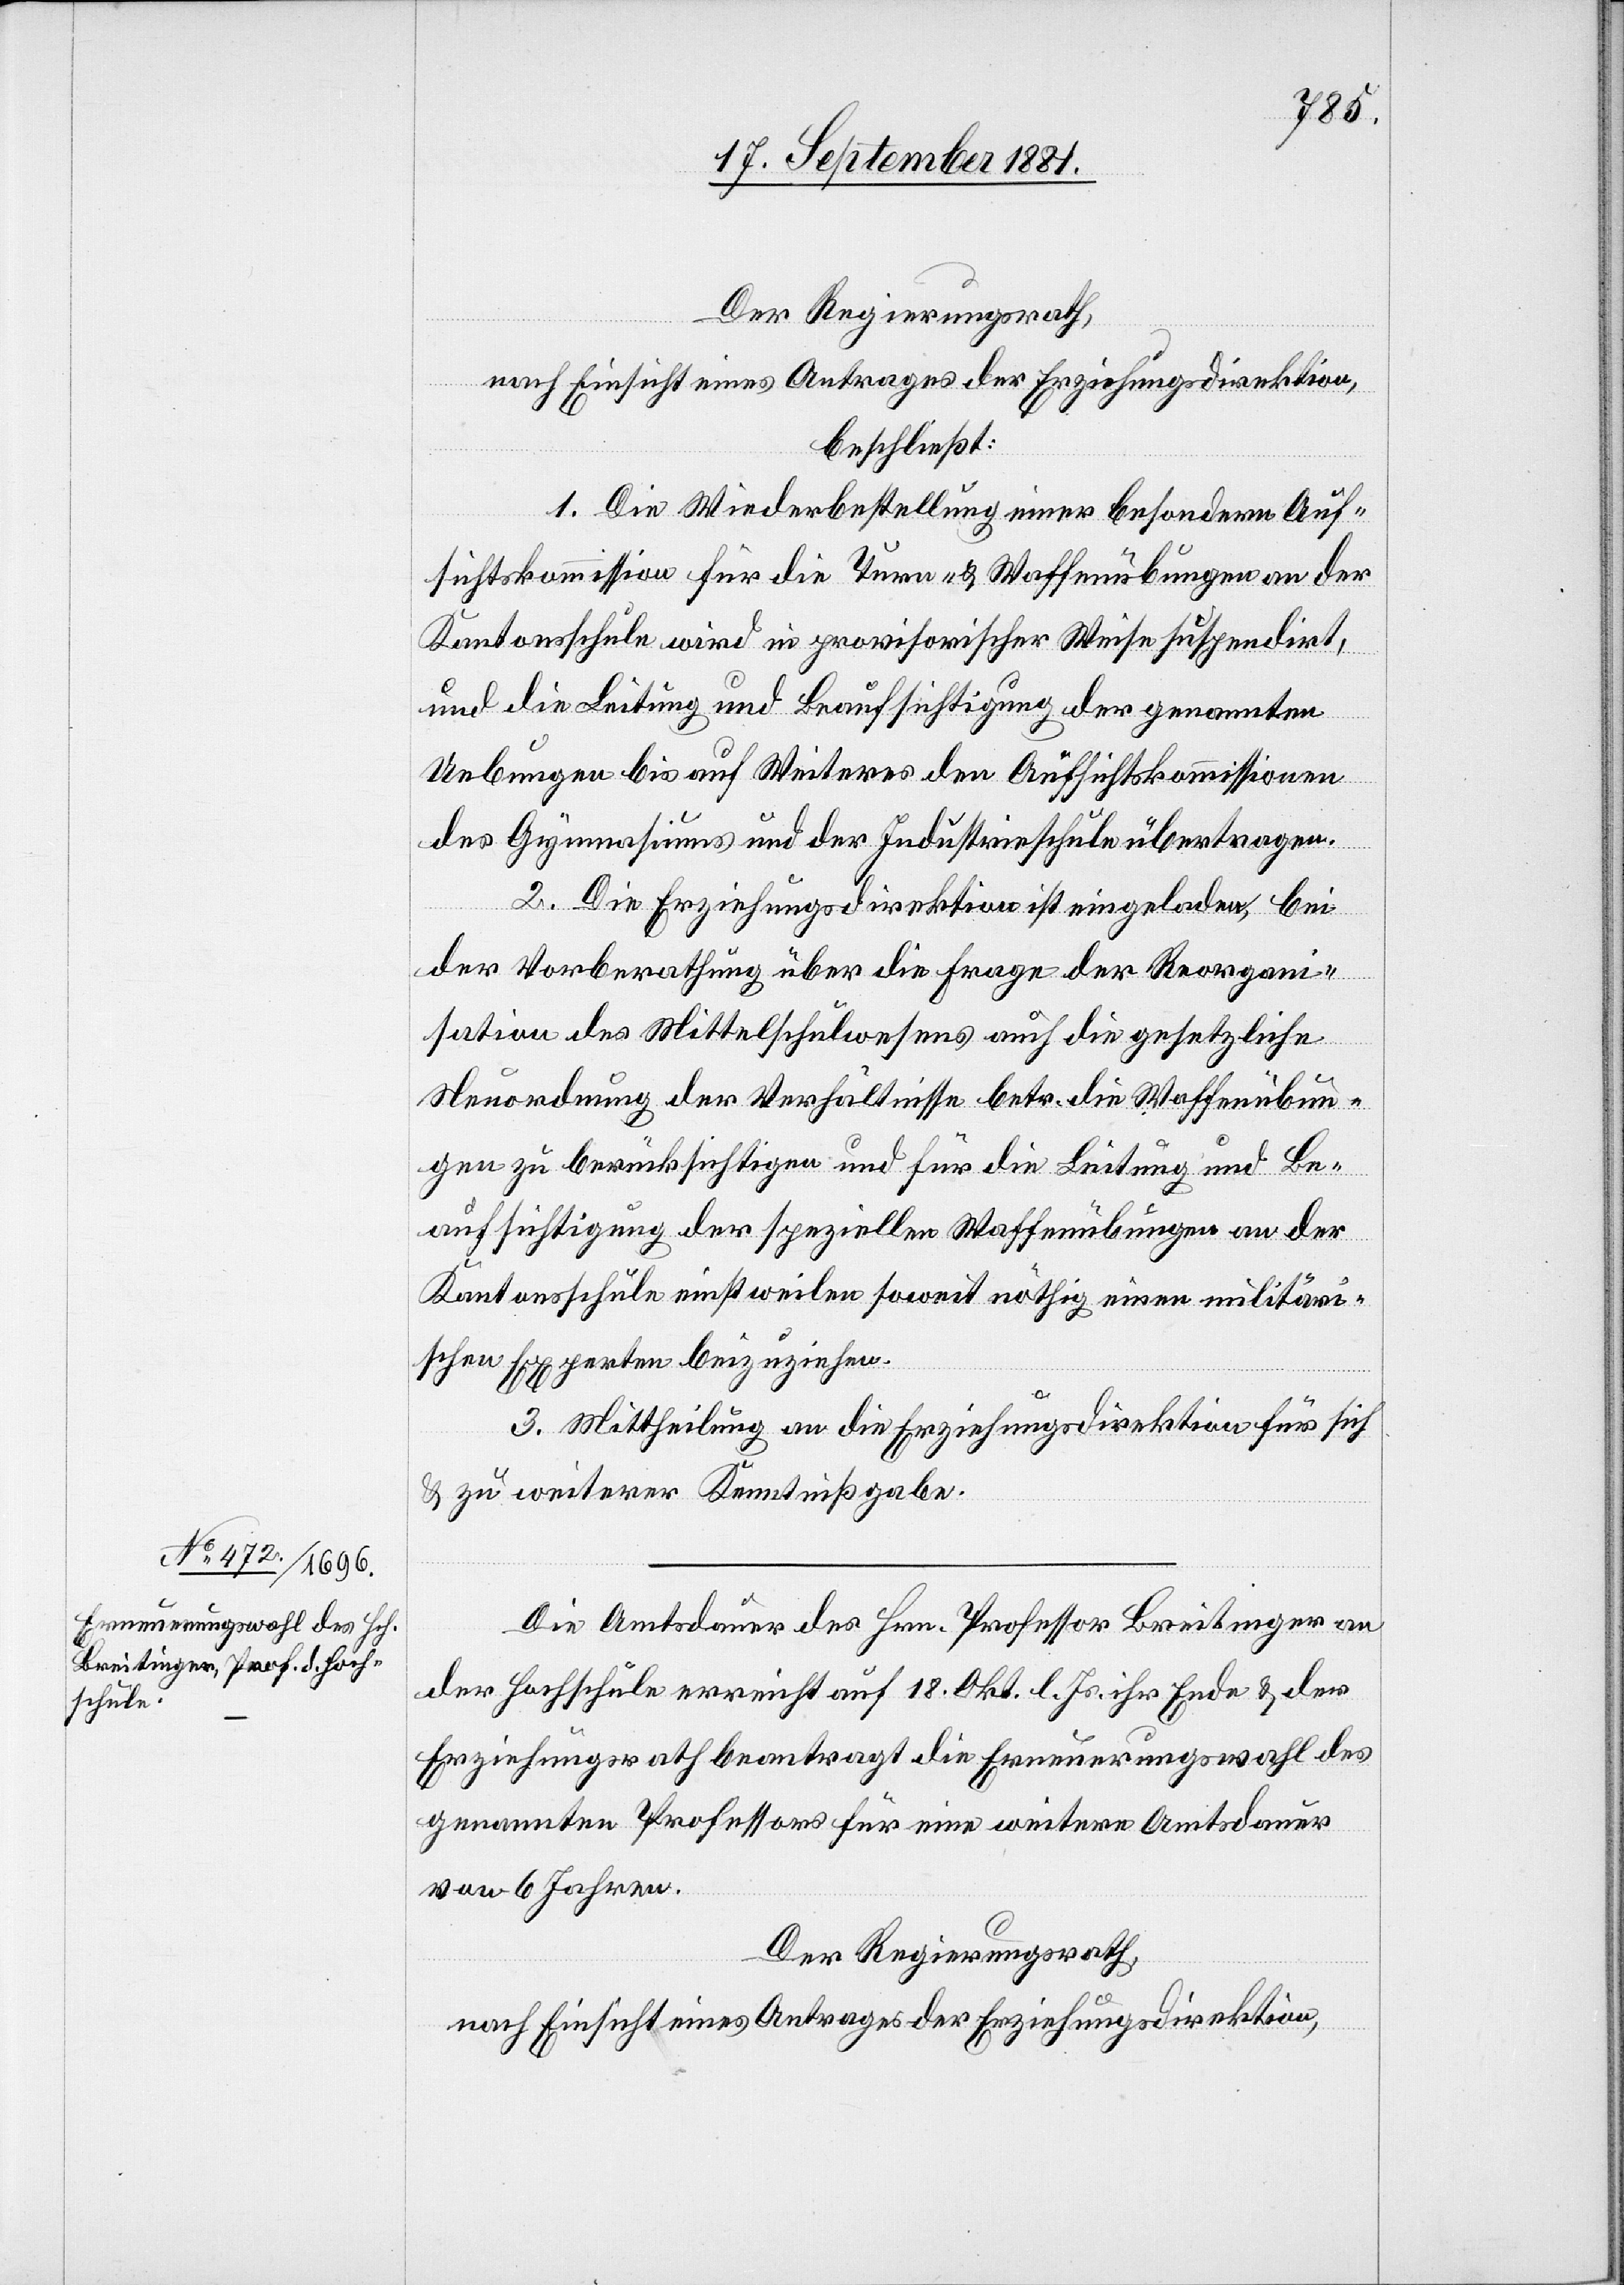
Der Regierungsrath,
nach Einsicht eines Antrages der Erziehungsdirektion,
beschließt:
1. Die Wiederbestellung einer besondern Auf¬
sichtskommission für die Turn- & Waffenübungen an der
Kantonsschule wird in provisorischer Weise suspendirt,
und die Leitung und Beaufsichtigung der genannten
Uebungen bis auf Weiteres den Aufsichtskommissionen
des Gymnasiums und der Industrieschule übertragen.
2. Die Erziehungsdirektion ist eingeladen, bei
der Vorberathung über die Frage der Reorgani¬
sation des Mittelschulwesens auch die gesetzliche
Neuordnung der Verhältnisse betr. die Waffenübun¬
gen zu berücksichtigen und für die Leitung und Be¬
aufsichtigung der speziellen Waffenübungen an der
Kantonsschule einstweilen soweit nöthig einen militäri¬
schen Experten beizuziehen.
3. Mittheilung an die Erziehungsdirektion für sich
& zu weiterer Kenntnißgabe.
Die Amtsdauer des Hrn. Professor Breitinger an
der Hochschule erreicht auf 18. Okt. l. Js. ihr Ende & der
Erziehungsrath beantragt die Erneuerungswahl des
genannten Professors für eine weitere Amtsdauer
von 6 Jahren.
Der Regierungsrath,
nach Einsicht eines Antrages der Erziehungsdirektion,